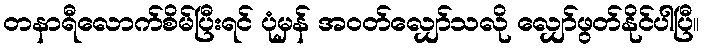
တနာရီလောက်စိမ်ပြီးရင် ပုံမှန် အဝတ်လျှော်သလို လျှော်ဖွတ်နိုင်ပါပြီ။